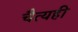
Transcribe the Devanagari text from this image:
चैत्यही